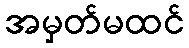
အမှတ်မထင်